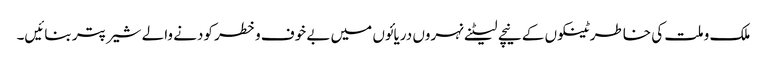
ملک و ملت کی خاطر ٹینکوں کے نیچے لیٹنے نہروں دریائوں میں بے خوف وخطر کودنے والے شیر پتر بنائیں۔